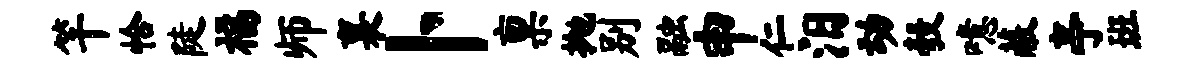
竿恰陡福师襄卜禀抛别融申仁汨动彀噫蔽亭班